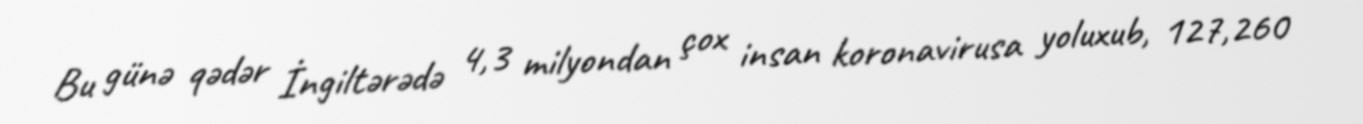
Bu günə qədər İngiltərədə 4,3 milyondan çox insan koronavirusa yoluxub, 127,260